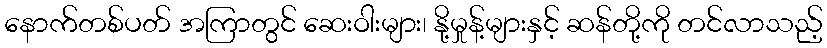
နောက်တစ်ပတ် အကြာတွင် ဆေးဝါးများ၊ နို့မှုန့်များနှင့် ဆန်တို့ကို တင်လာသည့်